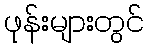
ဖုန်းများတွင်